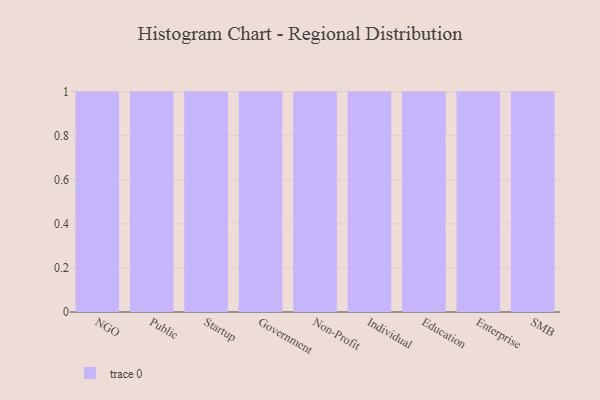
{"axis": {"x": "Segment", "y": "Market Share (%)"}, "legend": [""], "data": [{"x": "NGO", "y": 77, "type": ""}, {"x": "Public", "y": 15, "type": ""}, {"x": "Startup", "y": 88, "type": ""}, {"x": "Government", "y": 60, "type": ""}, {"x": "Non-Profit", "y": 72, "type": ""}, {"x": "Individual", "y": 80, "type": ""}, {"x": "Education", "y": 71, "type": ""}, {"x": "Enterprise", "y": 84, "type": ""}, {"x": "SMB", "y": 40, "type": ""}]}